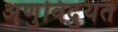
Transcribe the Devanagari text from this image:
अणुविदुयत